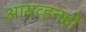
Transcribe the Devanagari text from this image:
आयव्हनहो